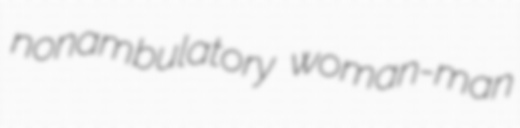
nonambulatory woman-man